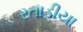
રતાડીયા